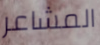
المشاعر